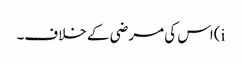
i)اس کی مرضی کے خلاف۔